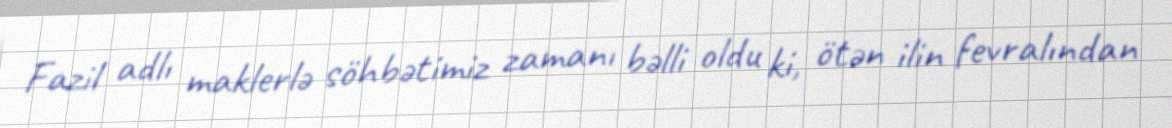
Fazil adlı maklerlə söhbətimiz zamanı bəlli oldu ki, ötən ilin fevralından